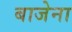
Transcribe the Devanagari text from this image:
बाजेना